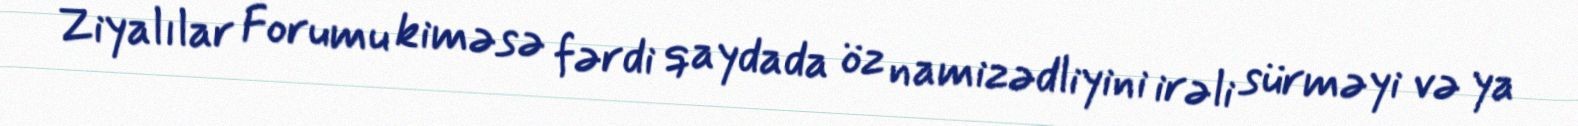
Ziyalılar Forumu kiməsə fərdi qaydada öz namizədliyini irəli sürməyi və ya